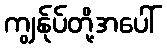
ကျွန်ုပ်တို့အပေါ်